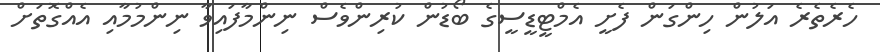
ހެރެތެރެ އަލުން ހިންގަން ފެށީ އެމްޓީޑީސީގެ ބޯޑުން ކުރިންވެސް ނިންމާފައިވާ ނިންމުމާއި އެއްގޮތަށް